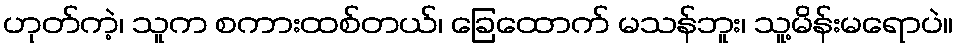
ဟုတ်ကဲ့၊ သူက စကားထစ်တယ်၊ ခြေထောက် မသန်ဘူး၊ သူ့မိန်းမရောပဲ။